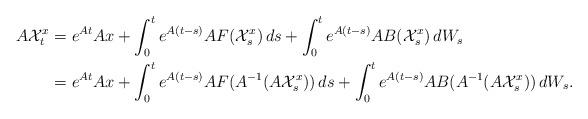
LaTeX: \begin{align*}A\mathcal{X}^x_t&=e^{At}Ax+\int^t_0e^{A(t-s)}A F(\mathcal{X}^x_s) \, ds+\int^t_0e^{A(t-s)}A B(\mathcal{X}^x_s) \, dW_s\\&=e^{At}Ax+\int^t_0e^{A(t-s)}A F(A^{-1}(A\mathcal{X}^x_s)) \, ds+\int^t_0e^{A(t-s)}A B(A^{-1}(A\mathcal{X}^x_s)) \, dW_s.\end{align*}